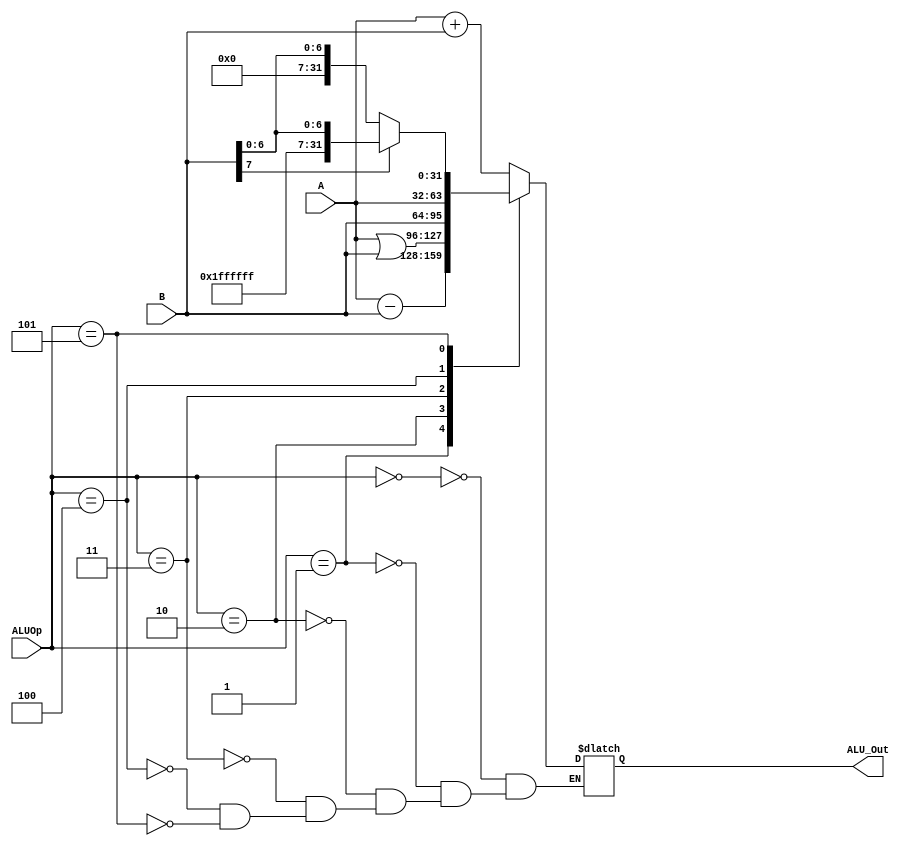
`timescale 1ns / 1ps
//////////////////////////////////////////////////////////////////////////////////
// Company: 
// Engineer: 
// 
// Design Name: 
// Module Name:    ALU 
// Project Name: 
// Target Devices: 
// Tool versions: 
// Description: 
//
// Dependencies: 
//
// Revision: 
// Revision 0.01 - File Created
// Additional Comments: 
//
//////////////////////////////////////////////////////////////////////////////////
module ALU(
    input [31:0] A,
    input [31:0] B,
	 input [2:0] ALUOp,
	 output reg [31:0] ALU_Out
    );
	 
	 initial begin
	    ALU_Out = 32'h00000000;
	 end
	 
	 always @ (*) begin
	    
		 case(ALUOp)
		 
		    3'b000: ALU_Out <= A + B;
          
          3'b001: ALU_Out <= A - B;
			 
			 3'b010: ALU_Out <= A | B;
			 
			 3'b011: ALU_Out <= B;
			 
			 3'b100: ALU_Out <= A;
		 
			 3'b101: begin
			    if(B[7] == 1)
				    ALU_Out <= {24'hffffff, B[7:0]};
				 else
				    ALU_Out <= {24'h000000, B[7:0]};
			 end			 
			 
			 
		 endcase
		 
	 end
			  			 
endmodule